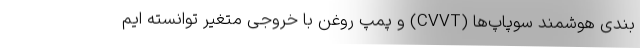
بندی هوشمند سوپاپ‌ها (CVVT) و پمپ روغن با خروجی متغیر توانسته ایم